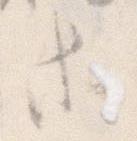
等